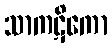
သာကဋိကော